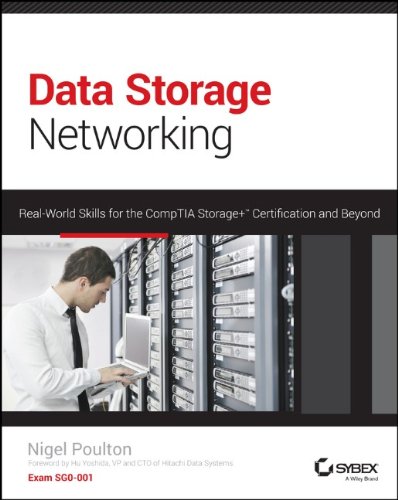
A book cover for Data Storage Networking: Real World Skills for the CompTIA Storage+ Certification and Beyond; Nigel Poulton; Computers & Technology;